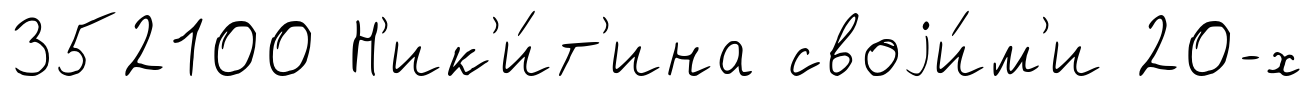
352100 Н'ик'и́т'ина своjи́м'и 20-х